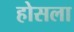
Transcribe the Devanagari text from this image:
होसला